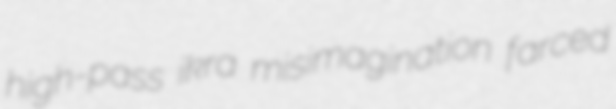
high-pass ikra misimagination farced